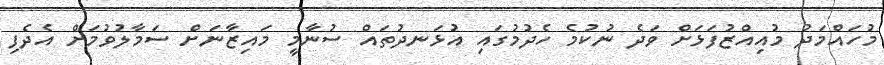
މުހައްމަދު މުއިއްޒުފަޅަށް ވަދެ ނުކުމެ ހެދުމުގައި އުޅަނދުތައް ސުނާމީ މައިޒާނަށް ސަމާލުވުމަށް އެދެފި